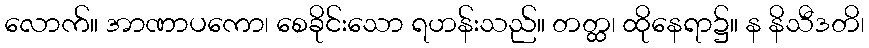
လောက်။ အာဏာပကော၊ စေခိုင်းသော ရဟန်းသည်။ တတ္ထ၊ ထိုနေရာ၌။ န နိသီဒတိ၊